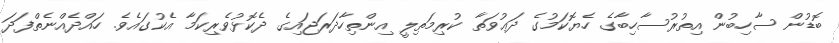
ބޮޑުން ސާހިބުން އިތުރުސާހިބާގެ ހެޔޮކަމުގެ ދަޢުވަތާ ކުރިމަތިލީ އިންތިހާދަރަޖައިގެ ދެކޮޅުވެރިކަމާ އެކުގައެވެ. ހައްދެއްނެތްފަދަ